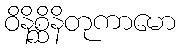
ဝိနိစ္ဆိနိတုကာမော